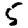
Digit: 5